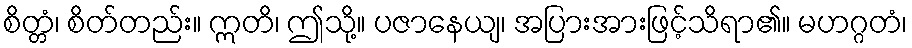
စိတ္တံ၊ စိတ်တည်း။ ဣတိ၊ ဤသို့။ ပဇာနေယျ၊ အပြားအားဖြင့်သိရာ၏။ မဟဂ္ဂတံ၊